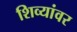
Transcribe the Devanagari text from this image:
शिव्यांवर